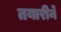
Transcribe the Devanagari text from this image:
तयारीने